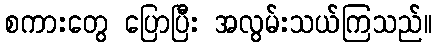
စကားတွေ ပြောပြီး အလွမ်းသယ်ကြသည်။